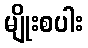
မျိုးစပါး